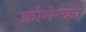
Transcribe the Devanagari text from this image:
क्रोमेम्को